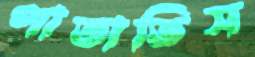
পাতাতিস